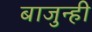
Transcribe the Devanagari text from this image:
बाजुन्ही